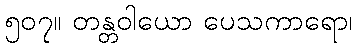
၅၀၇။ တန္တဝါယော ပေသကာရော၊